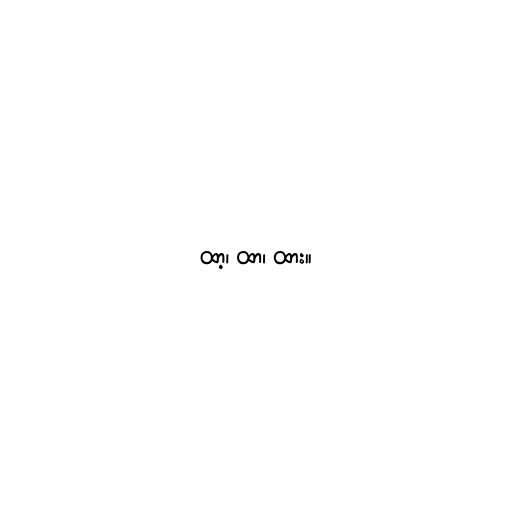
ထာ့၊ ထာ၊ ထား။